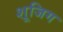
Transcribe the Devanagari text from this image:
शूजिग